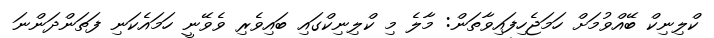
ކްލިނިކް ބޭއްވުމަށް ހަމަޖެހިފައިވާތަން: މާލެ މި ކްލިނިކްގައި ބައިވެރި ވެވޭނީ ހަމައެކަނި ފަތަންދަންނަ